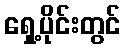
ရှေ့ပိုင်းတွင်